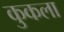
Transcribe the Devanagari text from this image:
कुकला